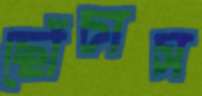
ছোঁচাস